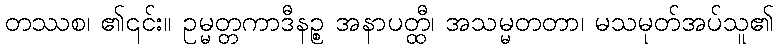
တဿစ၊ ၏၎င်း။ ဥမ္မတ္တကာဒီနဉ္စ အနာပတ္ထီ၊ အသမ္မတတာ၊ မသမုတ်အပ်သူ၏